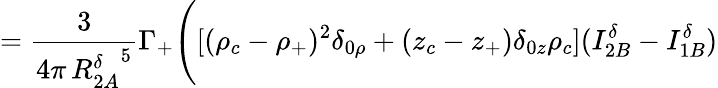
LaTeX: =\frac{3}{4\pi\, {R_{2A}^{\delta}}^{5}}\Gamma_{+}\Bigg([(\rho_{c}-\rho_{+})^{2}\delta_{0\rho}+(z_{c}-z_{+})\delta_{0z}\rho_{c}](I_{2B}^{\delta}-I_{1B}^{\delta})